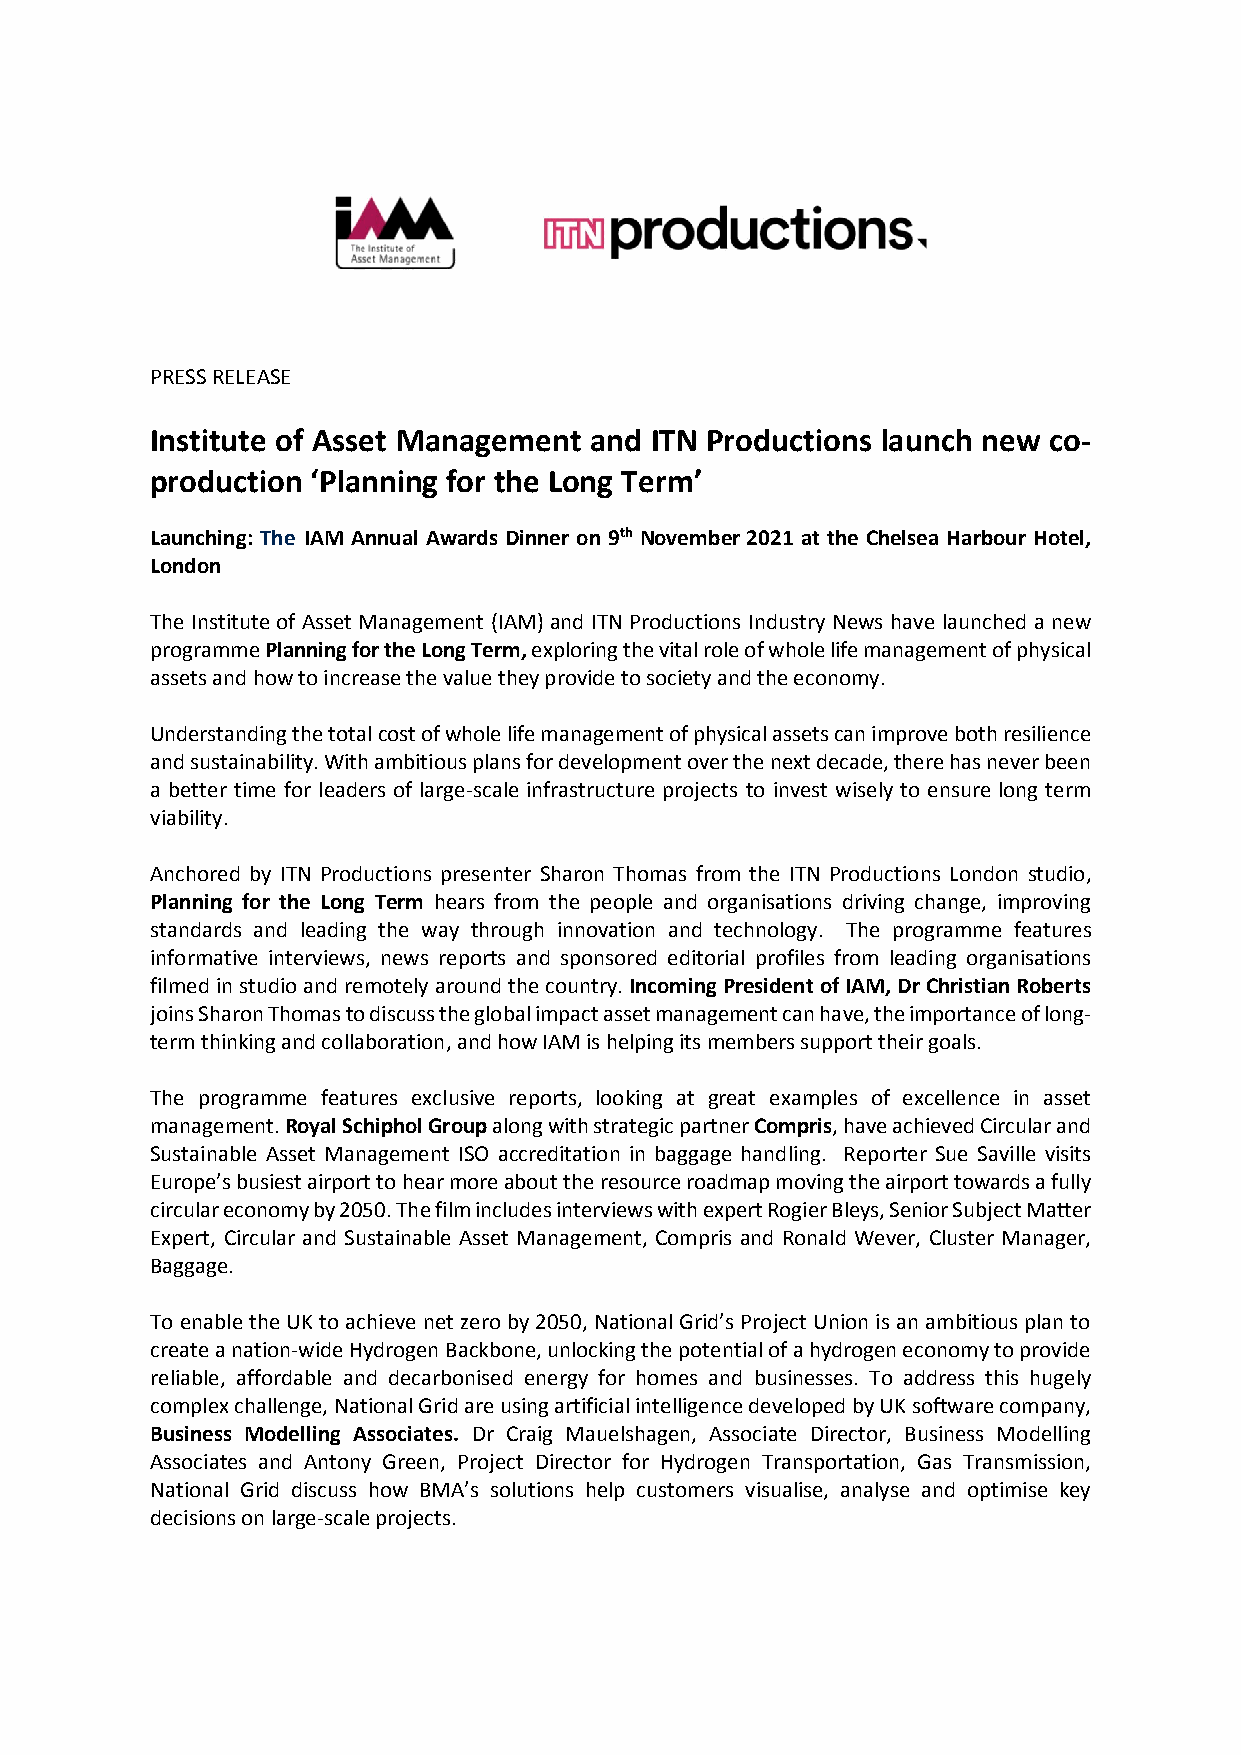
PRESS RELEASE
 Institute of Asset Management and ITN Productions launch new co-
 production ‘Planning for the Long Term’
 Launching: The IAM Annual Awards Dinner on 9th November 2021 at the Chelsea Harbour Hotel,
 London
 The Institute of Asset Management (IAM) and ITN Productions Industry News have launched a new
 programme Planning for the Long Term, exploring the vital role of whole life management of physical
 assets and how to increase the value they provide to society and the economy.
 Understanding the total cost of whole life management of physical assets can improve both resilience
 and sustainability. With ambitious plans for development over the next decade, there has never been
 a better time for leaders of large-scale infrastructure projects to invest wisely to ensure long term
 viability.
 Anchored by ITN Productions presenter Sharon Thomas from the ITN Productions London studio,
 Planning for the Long Term hears from the people and organisations driving change, improving
 standards and leading the way through innovation and technology. The programme features
 informative interviews, news reports and sponsored editorial profiles from leading organisations
 filmed in studio and remotely around the country. Incoming President of IAM, Dr Christian Roberts
 joins Sharon Thomas to discuss the global impact asset management can have, the importance of long-
 term thinking and collaboration, and how IAM is helping its members support their goals.
 The programme features exclusive reports, looking at great examples of excellence in asset
 management. Royal Schiphol Group along with strategic partner Compris, have achieved Circular and
 Sustainable Asset Management ISO accreditation in baggage handling. Reporter Sue Saville visits
 Europe’s busiest airport to hear more about the resource roadmap moving the airport towards a fully
 circular economy by 2050. The film includes interviews with expert Rogier Bleys, Senior Subject Matter
 Expert, Circular and Sustainable Asset Management, Compris and Ronald Wever, Cluster Manager,
 Baggage.
 To enable the UK to achieve net zero by 2050, National Grid’s Project Union is an ambitious plan to
 create a nation-wide Hydrogen Backbone, unlocking the potential of a hydrogen economy to provide
 reliable, affordable and decarbonised energy for homes and businesses. To address this hugely
 complex challenge, National Grid are using artificial intelligence developed by UK software company,
 Business Modelling Associates. Dr Craig Mauelshagen, Associate Director, Business Modelling
 Associates and Antony Green, Project Director for Hydrogen Transportation, Gas Transmission,
 National Grid discuss how BMA’s solutions help customers visualise, analyse and optimise key
 decisions on large-scale projects.